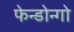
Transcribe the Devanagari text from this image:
फेन्डोन्गो